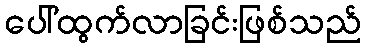
ပေါ်ထွက်လာခြင်းဖြစ်သည်